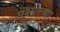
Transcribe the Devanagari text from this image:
ए३४०चा